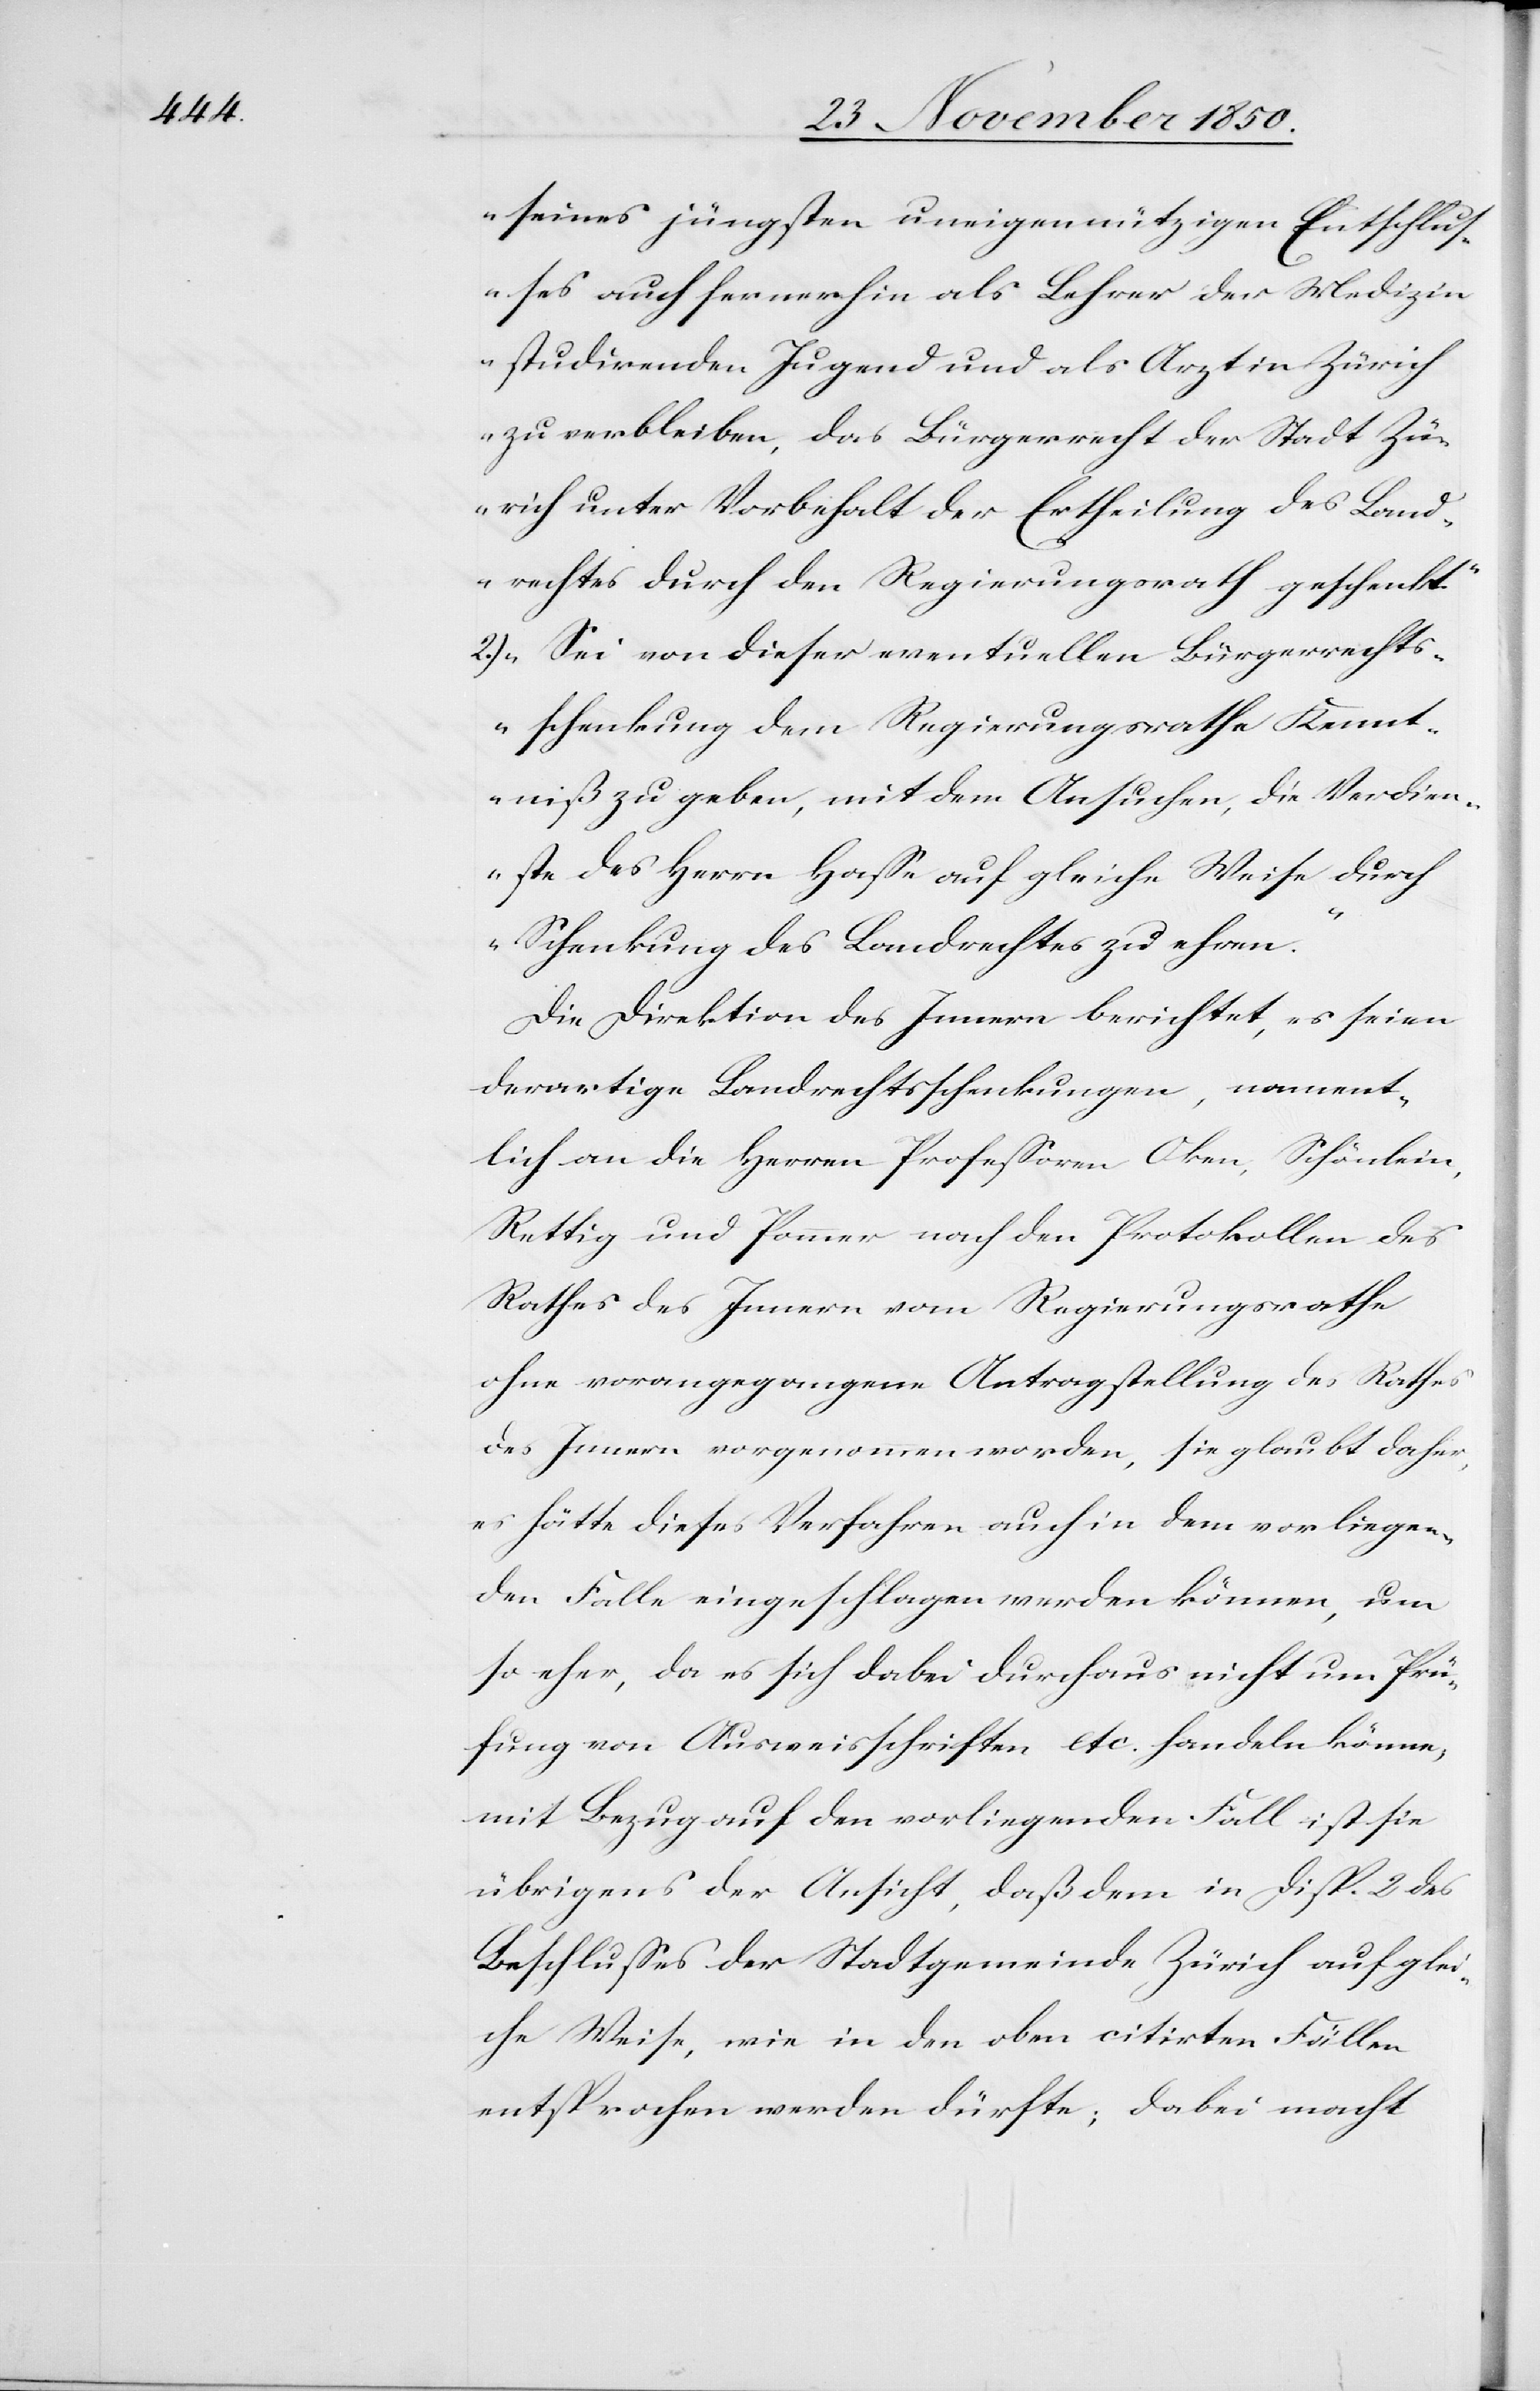
seines jüngsten uneigennützigen Entschlus¬
ses auch fernerhin als Lehrer der Medizin
studirenden Jugend und als Arzt in Zürich
zu verbleiben, das Bürgerrecht der Stadt Z¬
ürich unter Vorbehalt der Ertheilung des Land¬
rechtes durch den Regierungsrath geschenkt.“
2.) „Sei von dieser eventuellen Bürgerrechts¬
schenkung dem Regierungsrathe Kennt¬
niß zu geben, mit dem Ansuchen, die Verdien¬
ste des Herrn Hasse auf gleiche Weise durch
Schenkung des Landrechtes zu ehren.“
Die Direktion des Innern berichtet, es seien
derartige Landrechtsschenkungen, nament¬
lich an die Herren Professoren Oken, Schönlein,
Rettig und Pommer nach den Protokollen des
Rathes des Innern vom Regierungsrathe
ohne vorangegangene Antragstellung des Rathes
des Innern vorgenommen worden, sie glaubt daher,
es hätte dieses Verfahren auch in dem vorliegen¬
den Falle eingeschlagen werden können, um
so eher, da es sich dabei durchaus nicht um Prü¬
fung von Ausweisschriften etc. handeln könne,
mit Bezug auf den vorliegenden Fall ist sie
übrigens der Ansicht, daß dem in Disp. 2 des
Beschlusses der Stadtgemeinde Zürich auf glei¬
che Weise, wie in den oben citirten Fällen
entsprochen werden dürfte; dabei macht